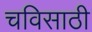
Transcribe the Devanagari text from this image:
चविसाठी